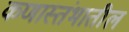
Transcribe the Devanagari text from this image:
कणास्तंभातील